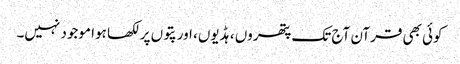
کوئی بھی قرآن آج تک پتھروں ، ہڈیوں، اور پتوں پر لکھا ہوا موجود نہیں۔